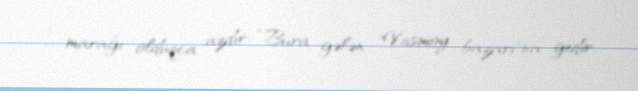
marağı olduqca azdır: “Bura gələn "Vasmoy bazarı"na gedir.